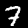
Digit: 7